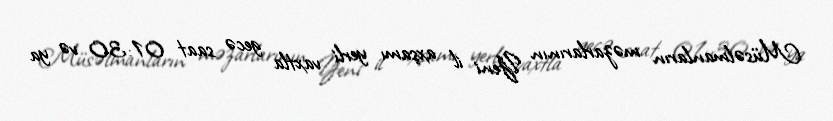
Müsəlmanların məzarlarının Yeni il axşamı yerli vaxtla gecə saat 01:30 və ya